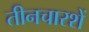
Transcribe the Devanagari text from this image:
तीनचारशें